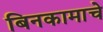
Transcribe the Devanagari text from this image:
बिनकामाचे